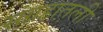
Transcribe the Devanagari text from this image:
संग्रहातली